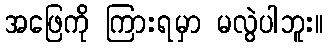
အဖြေကို ကြားရမှာ မလွဲပါဘူး။